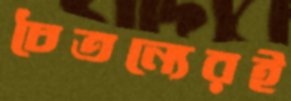
চৈতন্যেরই